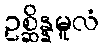
ဥစ္ဆိန္နမူလံ